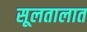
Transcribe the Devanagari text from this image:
सूलतालात